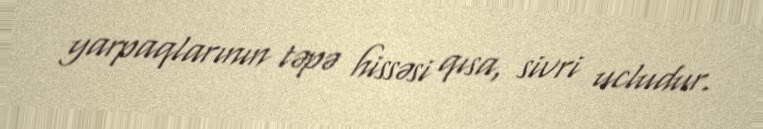
yarpaqlarının təpə hissəsi qısa, sivri ucludur.